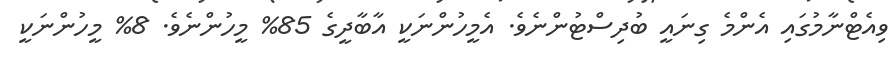
ވިއެޓްނާމުގައި އެންމެ ގިނައީ ބުދިސްޓުންނެވެ. އެމީހުންނަކީ އާބާދީގެ 85% މީހުންނެވެ. 8% މީހުންނަކީ